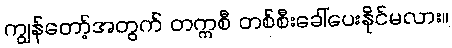
ကျွန်တော့်အတွက် တက္ကစီ တစ်စီးခေါ်ပေးနိုင်မလား။